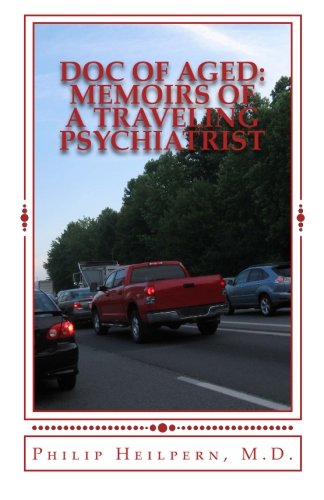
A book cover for Doc of Aged: Memoirs of a Traveling Psychiatrist; Dr. Philip Heilpern M.D.; Travel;